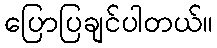
ပြောပြချင်ပါတယ်။